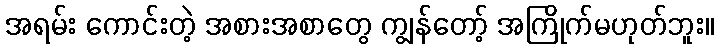
အရမ်း ကောင်းတဲ့ အစားအစာတွေ ကျွန်တော့် အကြိုက်မဟုတ်ဘူး။